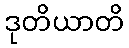
ဒုတိယာတိ